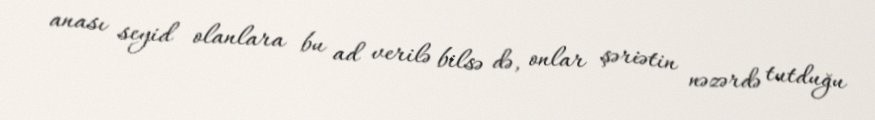
anası seyid olanlara bu ad verilə bilsə də, onlar şəriətin nəzərdə tutduğu